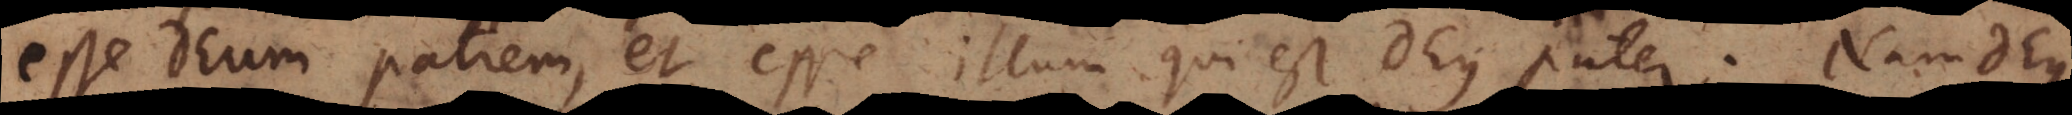
esse Deum patrem, et esse illum qui est Deus pater. Nam Deus